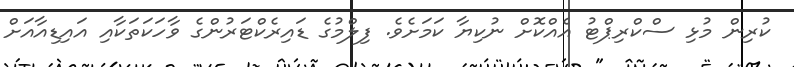
ކުރިން މުޅި ސްކްރިޕްޓު އެއްކޮށް ނުކިޔާ ކަމަށެވެ. ފިލްމުގެ ޑައިރެކްޓަރުންގެ ވާހަކަތަކާއި އަައިޑިއާއަށް